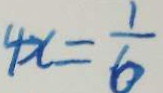
4 x = \frac { 1 } { 6 }